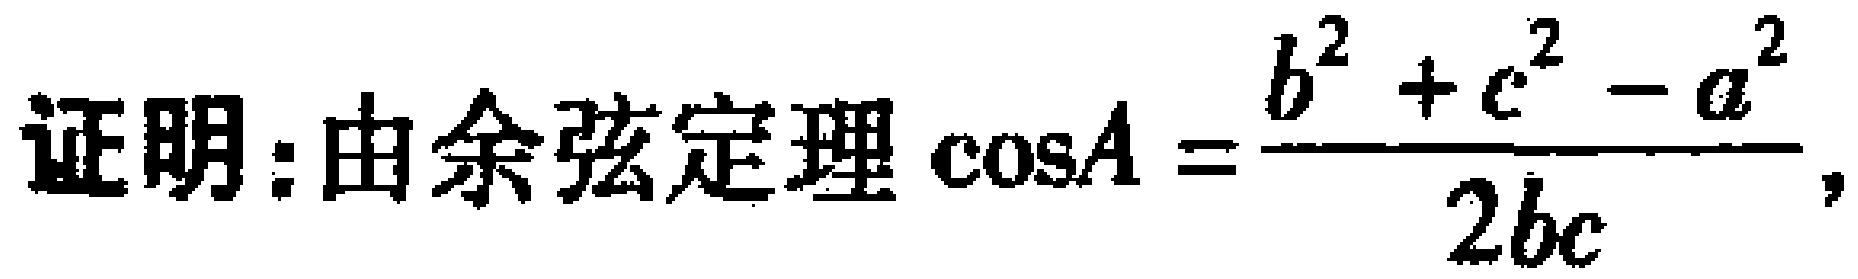
证明：由余弦定理\(\cos A = \frac{b^{2} + c^{2} - a^{2}}{2bc}\)，